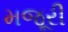
મજૂરી